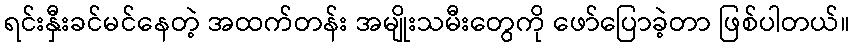
ရင်းနှီးခင်မင်နေတဲ့ အထက်တန်း အမျိုးသမီးတွေကို ဖော်ပြောခဲ့တာ ဖြစ်ပါတယ်။